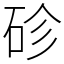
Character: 䂦